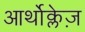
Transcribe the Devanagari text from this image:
आर्थोक्लेज़